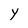
Character: y